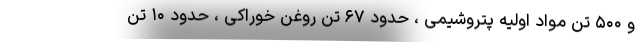
و ۵۰۰ تن مواد اولیه پتروشیمی ، حدود ۶۷ تن روغن خوراکی ، حدود ۱۰ تن